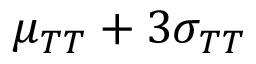
\mu _ { T T } + 3 \sigma _ { T T }